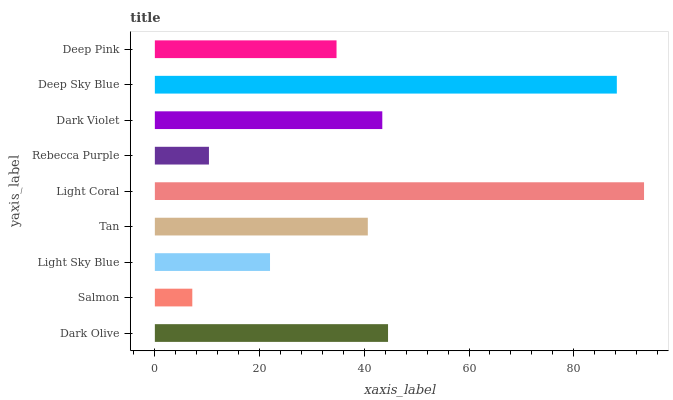
| yaxis_label | bars |
 | --- | --- |
 | Dark Olive | 44.5 |
 | Salmon | 7.15 |
 | Light Sky Blue | 22 |
 | Tan | 40.7 |
 | Light Coral | 93.4 |
 | Rebecca Purple | 10.3 |
 | Dark Violet | 43.4 |
 | Deep Sky Blue | 88.2 |
 | Deep Pink | 34.7 |